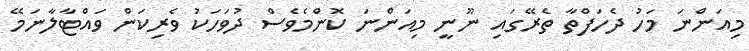
މިއަންނަ މަހު ދެހަފްތާ ތެރޭގައި ނޫނީ މިއަންނަ ކޮންމެވެސް ދުވަހަކު ވެރިކަން ވައްޓާލާނަމޭ